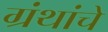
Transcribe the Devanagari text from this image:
ग्रंंथांचे